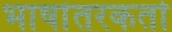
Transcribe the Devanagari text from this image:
भाषांतरकर्ता